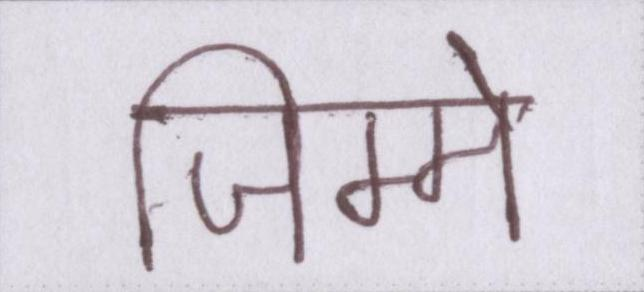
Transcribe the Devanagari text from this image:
जिम्मे